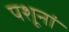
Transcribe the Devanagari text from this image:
पशूनां